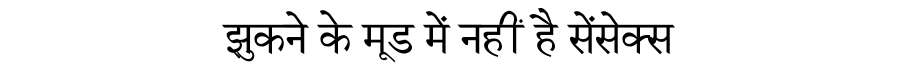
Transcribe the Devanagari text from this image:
झुकने के मूड में नहीं है सेंसेक्स